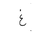
Letter: _gayn